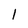
Character: 1